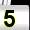
Digit: 5